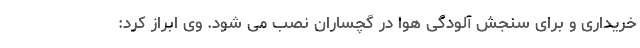
خریداری و برای سنجش آلودگی هوا در گچساران نصب می شود. وی ابراز کرد: